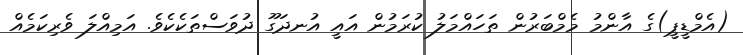
(އެމްޑީޕީ)ގެ އާންމު މެމްބަރުން ތަހައްމަލު ކުރަމުން އައީ އުނދަގޫ ދުވަސްތަކެކެވެ. އަމިއްލަ ވެރިކަމެއް